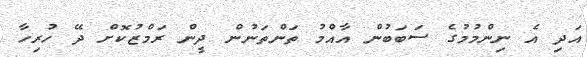
އަދި އެ ނިންމުމުގެ ސަބަބުން އާއްމު ތަންތަނުން ދީން ރަމްޒުކޮށް ދޭ ހުރިހާ